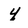
Character: 4